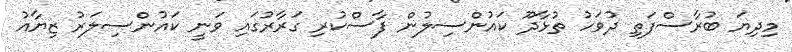
މިދިޔަ ބުރާސްފަތި ދުވަހު ތުޅާދޫ ކައުންސިލުން ފާސްކުރި ގަރާރުގައި ވަނީ ކައުންސިލަރު ޒިޔާއު